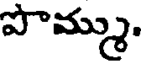
పొమ్ము.